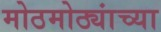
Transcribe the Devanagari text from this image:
मोठमोठ्यांच्या